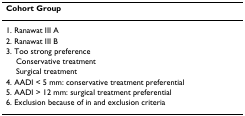
<table><thead><tr><td><b>Cohort Group</b></td></tr></thead><tbody><tr><td>1. Ranawat III A</td></tr><tr><td>2. Ranawat III B</td></tr><tr><td>3. Too strong preference</td></tr><tr><td> Conservative treatment</td></tr><tr><td> Surgical treatment</td></tr><tr><td>4. AADI &lt; 5 mm: conservative treatment preferential</td></tr><tr><td>5. AADI &gt; 12 mm: surgical treatment preferential</td></tr><tr><td>6. Exclusion because of in and exclusion criteria</td></tr></tbody></table>